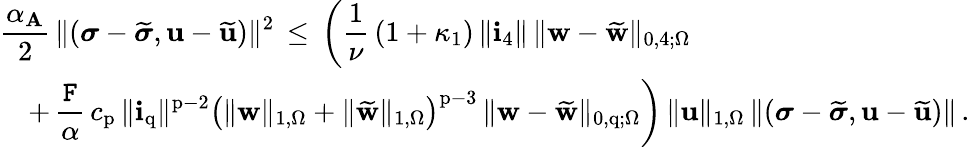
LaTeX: \begin{array}{l}{\displaystyle\frac{\alpha_{\mathbf{A}}}{2}\, \| ({\boldsymbol\sigma}-\widetilde{{\boldsymbol\sigma}},\mathbf{u}-\widetilde{\mathbf{u}})\| ^{2}\, \leq\, \bigg(\frac{1}{\nu}\, (1+\kappa_{1})\, \| \mathbf{i}_{4}\| \, \| {\mathbf{w}}-\widetilde{{\mathbf{w}}}\| _{0,4;\Omega}}\\ {\displaystyle\quad+\, \frac{\mathtt{F}}{\alpha}\, c_{\mathrm{p}}\, \| \mathbf{i}_{\mathrm{q}}\| ^{\mathrm{p}-2}\big(\| {\mathbf{w}}\| _{1,\Omega}+\| \widetilde{{\mathbf{w}}}\| _{1,\Omega}\big)^{\mathrm{p}-3}\, \| {\mathbf{w}}-\widetilde{{\mathbf{w}}}\| _{0,\mathrm{q};\Omega}\bigg)\, \| \mathbf{u}\| _{1,\Omega}\, \| ({\boldsymbol\sigma}-\widetilde{{\boldsymbol\sigma}},\mathbf{u}-\widetilde{\mathbf{u}})\| \, .}\end{array}